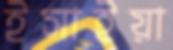
ইসাইয়া